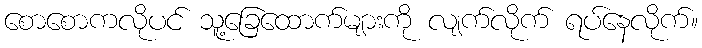
စောစောကလိုပင် သူ့ခြေထောက်များကို လျက်လိုက် ရပ်နေလိုက်။